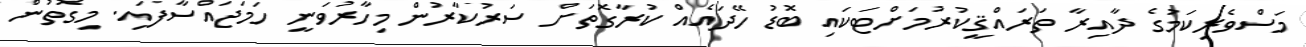
މަސްވެރިކަމުގެ ދާއިރާ ތަރައްޤީކުރުމަށްޓަކައި ބޮޑު ހޭދައެއް ކުރާގޮތަށް ސަރުކާރުން މިހާރުވަނީ ހަމަޖައްސާފައި. މިގޮތުން